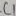
Text: C1